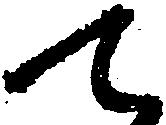
て